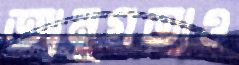
আনুগত্যও